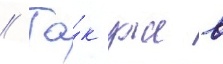
// Та́к уже в